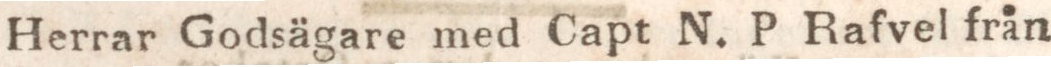
Herrar Godsägare med Capt N. P Rafvel från